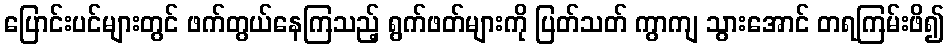
ပြောင်းပင်များတွင် ဖက်တွယ်နေကြသည့် ရွက်ဖတ်များကို ပြတ်သတ် ကွာကျ သွားအောင် တရကြမ်းဖိ၍